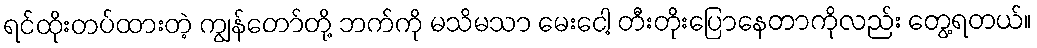
ရင်ထိုးတပ်ထားတဲ့ ကျွန်တော်တို့ ဘက်ကို မသိမသာ မေးငေါ့ တီးတိုးပြောနေတာကိုလည်း တွေ့ရတယ်။